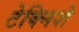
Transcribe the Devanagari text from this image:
टेक्निशे